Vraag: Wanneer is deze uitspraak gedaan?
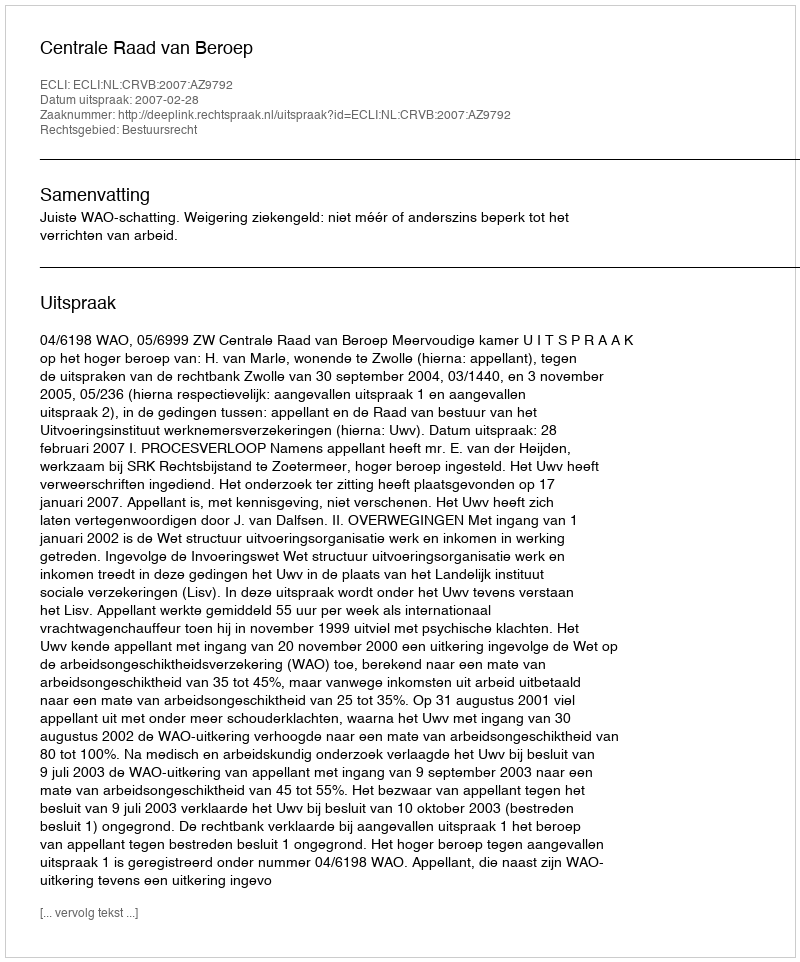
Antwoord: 2007-02-28